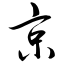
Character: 京